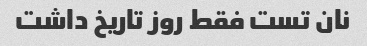
نان تست فقط روز تاریخ داشت